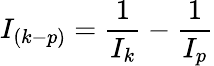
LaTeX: I_{(k-p)}=\frac{1}{I_{k}}-\frac{1}{I_{p}}